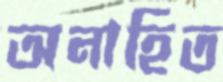
অনাহিত